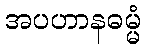
အပဟာနဓမ္မံ